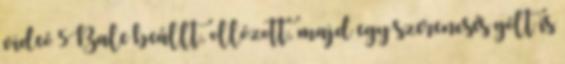
videó 5Bale beállt, ollózott, majd egy szerencsés gólt is